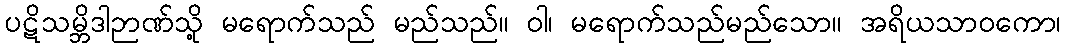
ပဋိသမ္ဘိဒါဉာဏ်သို့ မရောက်သည် မည်သည်။ ဝါ၊ မရောက်သည်မည်သော။ အရိယသာဝကော၊